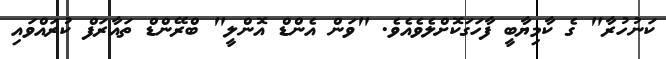
ކަނުހުރާ" ގެ ކާމިޔާބީ ފާހަގަކޮށްލެވެއެވެ. "ވަން އެންޑް އޮންލީ" ބްރޭންޑް ތައާރަފް ކުރައްވައި